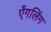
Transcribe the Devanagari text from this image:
ऐंगलिंग